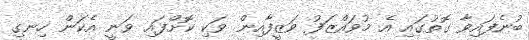
ބުނެފައިވާ ގޮތުގައި އެ މުވައްޒަފު ވަޒީފާއިން ވަކި ކޮށްފައި ވަނީ އެކަން ހިނގި